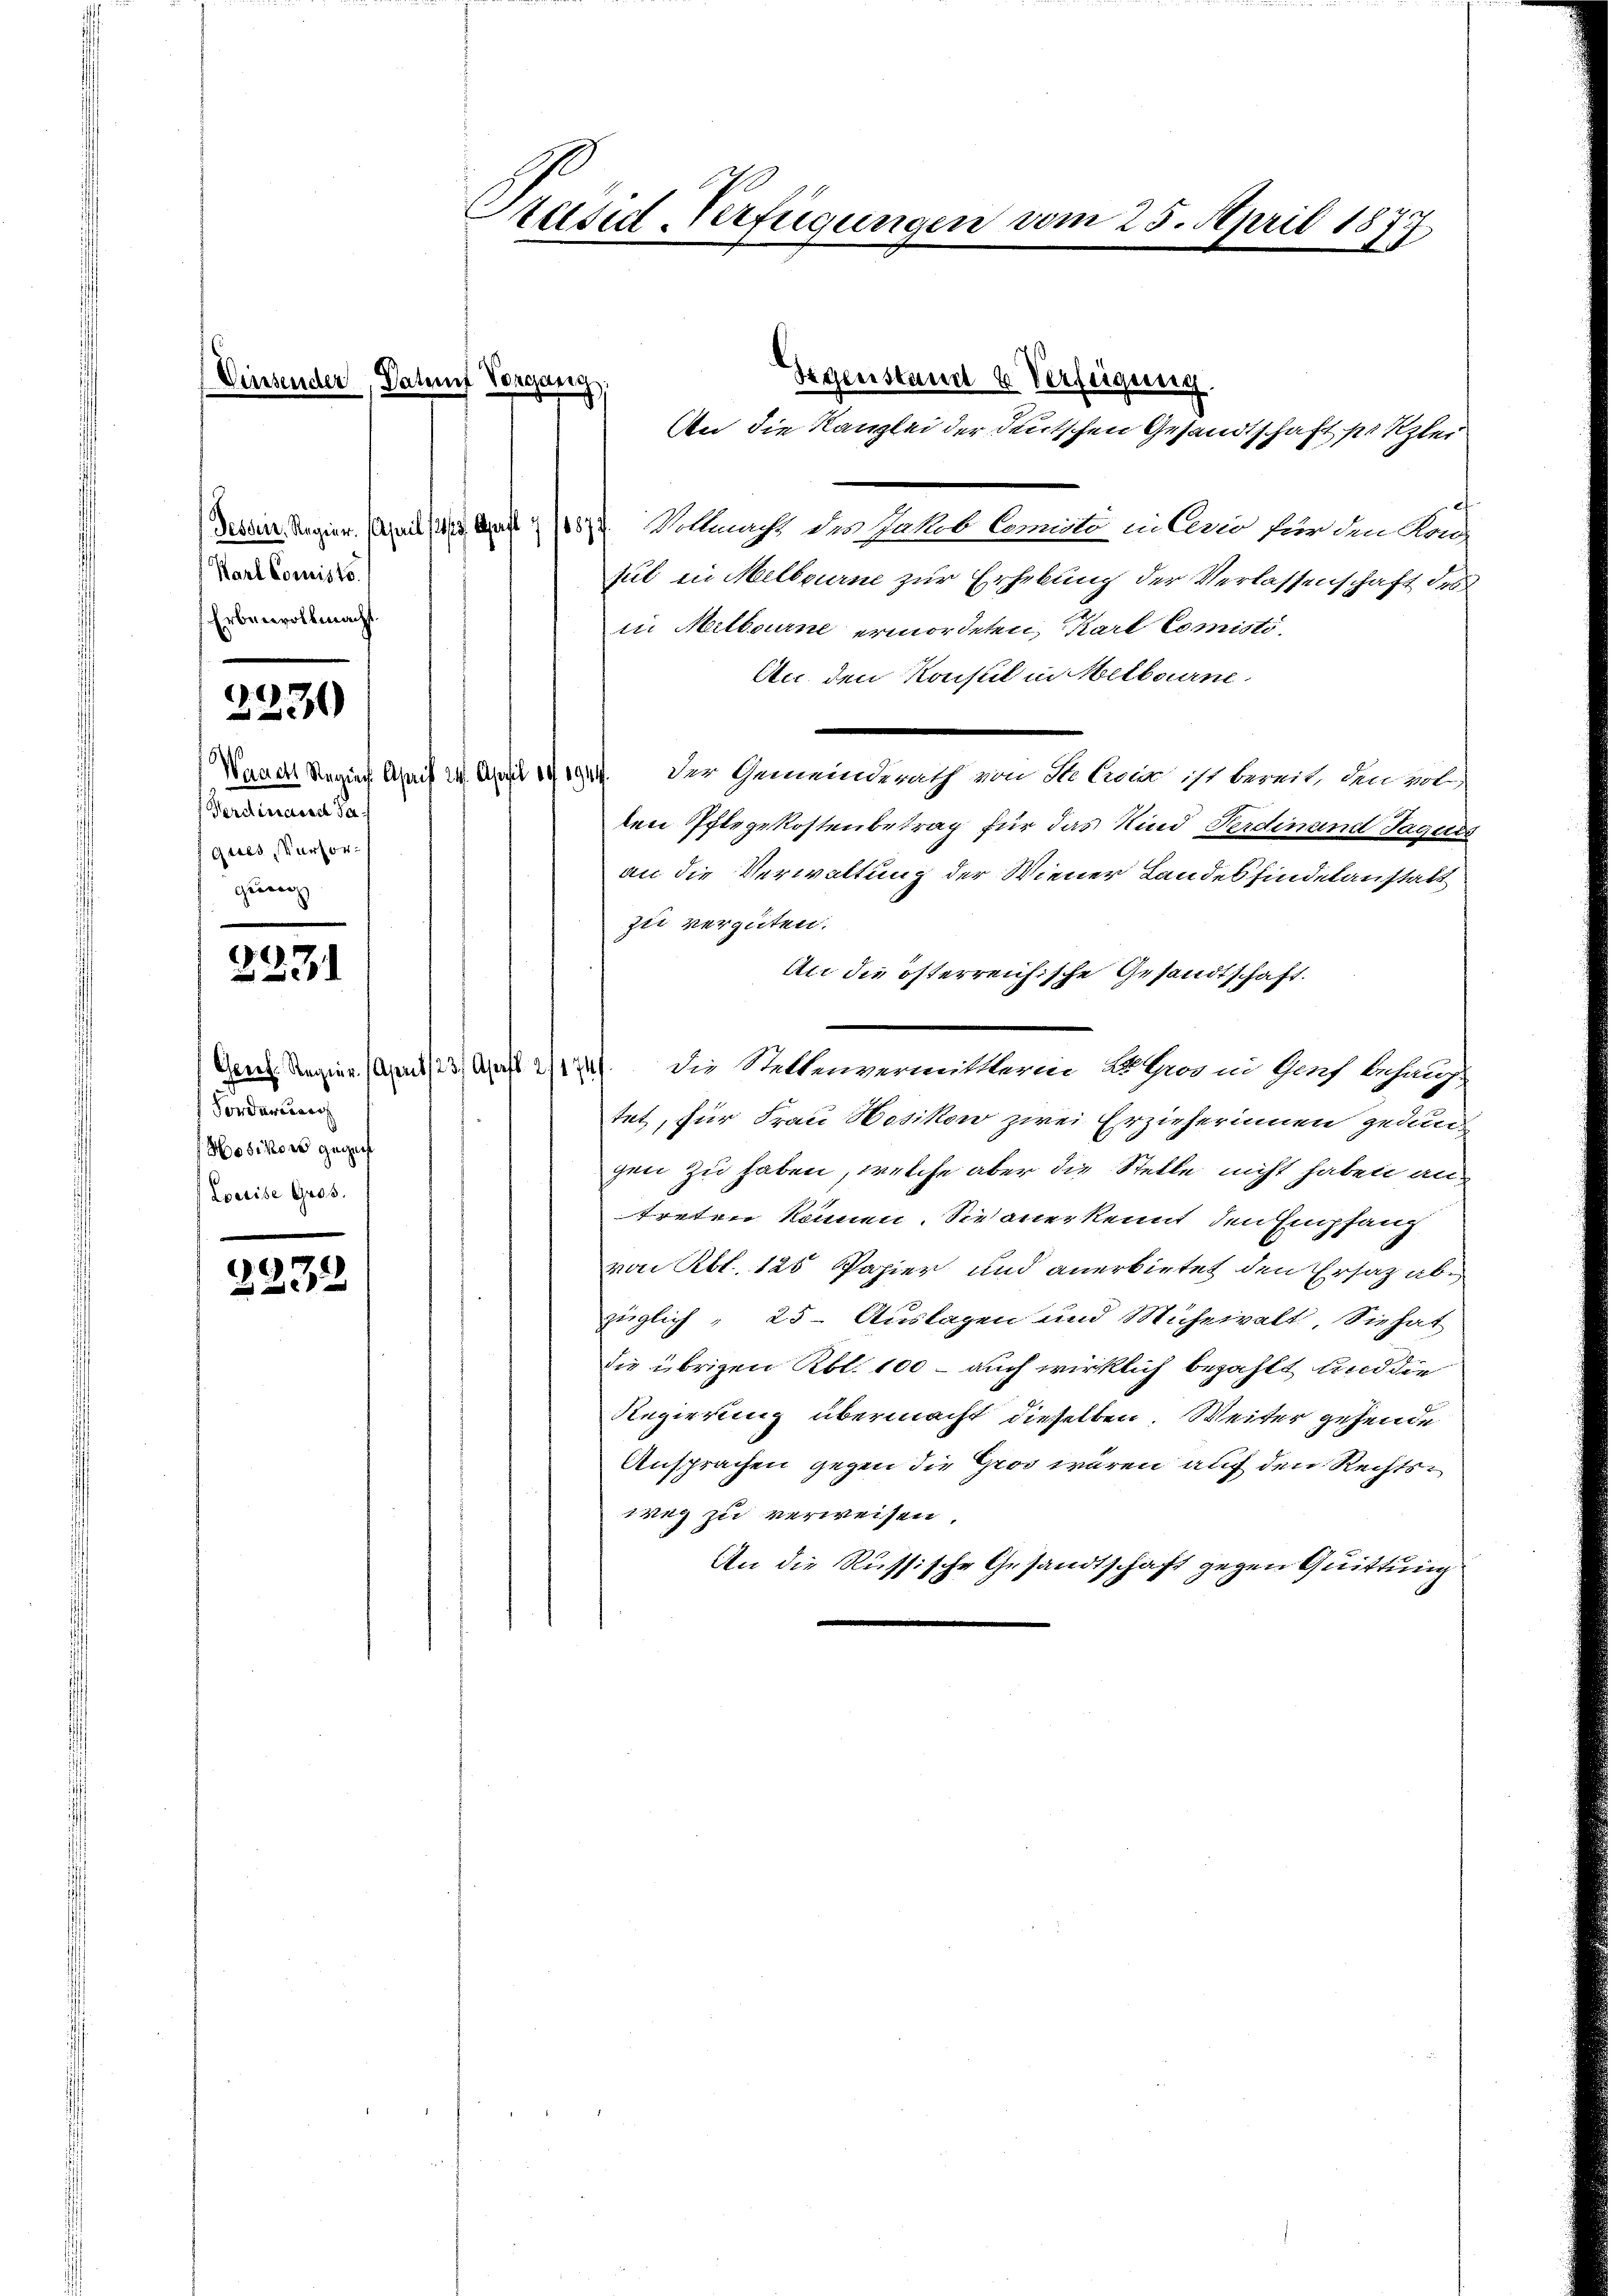
Vinser

Karl Corniste.
Erbenvollmacht

Waach Regier. A
Ferdinarest da
f gutes, Verfor¬
Gerech

.)
2

2231

Forderun
Hosikers gegen
Leeise Gros.

2232

Präsid Verfügungen vom 25. April 1877.

Gegenstand u. Verfügung.
An die Kanzlei der deutschen Gesandtschaft sei Klei
Dessen. Regier. April (163, Arist & 1877. Vollmacht des Wakeb Comite in Legio für den Kon-
sul in Melbourne zur Erhebung der Verlassenschaft des
in Melbourne ermordeten, Karl Comisti-
An den Konsul in Melbourn
aus der Gemeinderath von Ste Coca ist bereit, den vol
ten Pflegekostenbetrag für das Kind Ferdinand Jaques
an die Verwaltung der Wiener Landesfindelanstalt
zu vergüten.
An die österreichische Gesandtschaft.
Gent. Regier. (Apr/23. April 2/17). Die Stettenvermitterin Algoren Graf behaup-
tet, für Frau Hosikon zwei Erzieherinen gedun
gen zu haben, welche aber die Stelle nicht haben antreten können. Sie anerkennt, den Empfang
von Rbl. 125 Papier und anerbietet den Ersatz abe
züglich 25. Auslagen und Mühewalt, Sie hat
die übrigen Rbl. 100 - auch wirklich bezahlt und die
Regierung übermacht dieselben. Weiter gehende
Ansprachen gegen die Grad wären auf den Rechtsweg zu verweisen.
An die Russische Gesandtschaft gegen Quittung

er, Darauf Vorgang: